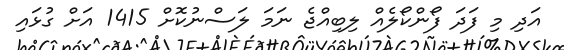
އަދި މި ފަދަ ފޯންކޯލެއް ލިބިއްޖެ ނަމަ ލަސްނުކޮށް 1415 އަށް ގުޅައި